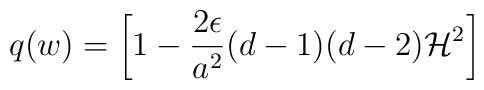
q(w)= \biggl[1 - \frac{2 \epsilon}{a^2} (d-1)(d-2) {\cal  H}^2 \biggr]